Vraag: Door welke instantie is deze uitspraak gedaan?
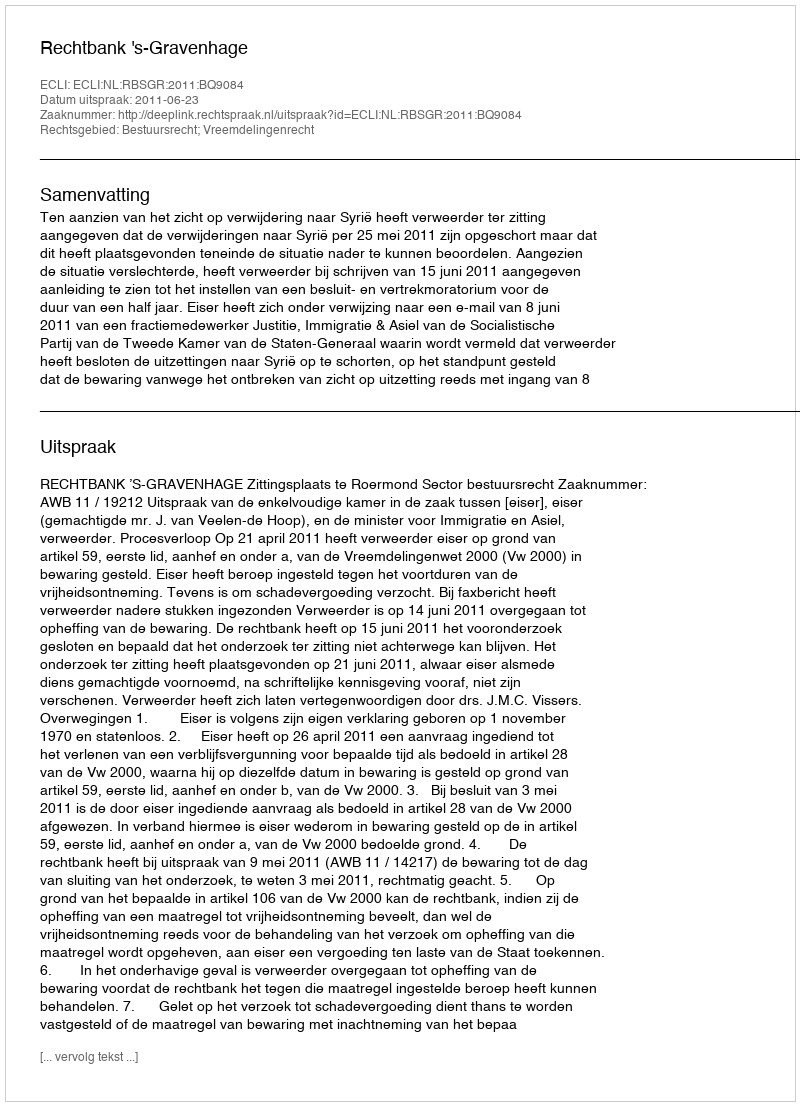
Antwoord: Rechtbank 's-Gravenhage